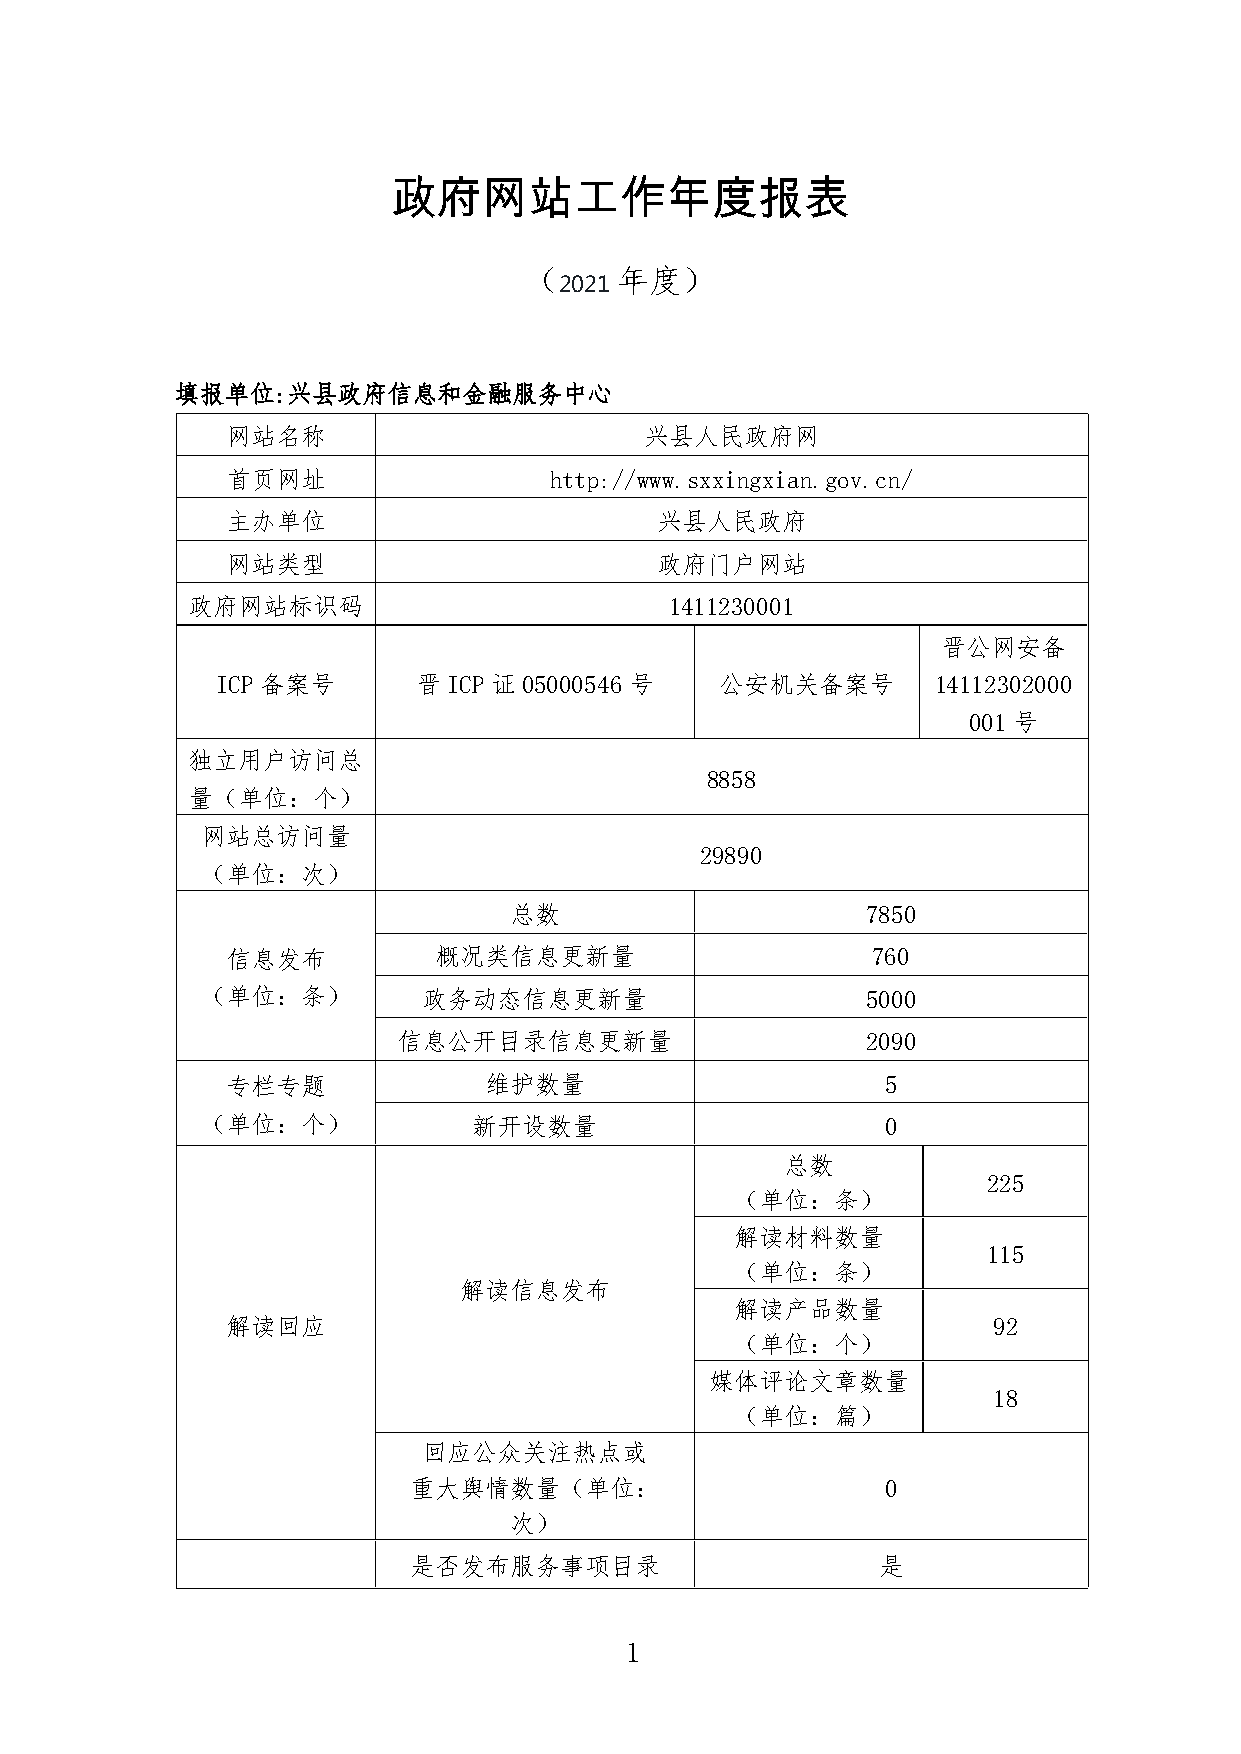
政府网站工作年度报表
 （     年度）
 2021
 填报单位:兴县政府信息和金融服务中心
 网站名称                        兴县人民政府网
 首页网址                 http://www.sxxingxian.gov.cn/
 主办单位                        兴县人民政府
 网站类型                        政府门户网站
 政府网站标识码                         1411230001
 晋公网安备
 ICP备案号        晋ICP证05000546号      公安机关备案号       14112302000
 001号
 独立用户访问总
 8858
 量（单位：个）
 网站总访问量
 29890
 （单位：次）
 总数                     7850
 信息发布          概况类信息更新量                     760
 （单位：条）         政务动态信息更新量                    5000
 信息公开目录信息更新量                    2090
 专栏专题             维护数量                       5
 （单位：个）            新开设数量                       0
 总数
 225
 （单位：条）
 解读材料数量
 115
 （单位：条）
 解读信息发布
 解读产品数量
 解读回应                                               92
 （单位：个）
 媒体评论文章数量
 18
 （单位：篇）
 回应公众关注热点或
 重大舆情数量（单位：                      0
 次）
 是否发布服务事项目录                     是
 1